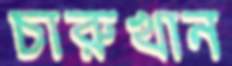
চারুখান